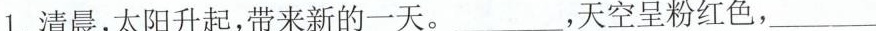
1.清晨，太阳升起，带来新的一天。___，天空呈粉红色，___